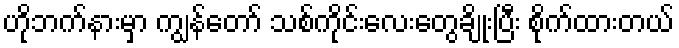
ဟိုဘက်နားမှာ ကျွန်တော် သစ်ကိုင်းလေးတွေချိုးပြီး စိုက်ထားတယ်